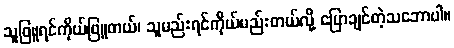
သူဖြူရင်ကိုယ်ဖြူတယ်၊ သူမည်းရင်ကိုယ်မည်းတယ်လို့ ပြောချင်တဲ့သဘောပါ။